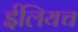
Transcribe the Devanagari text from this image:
ईलियच